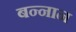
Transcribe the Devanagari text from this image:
बन्नान